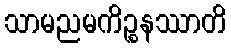
သာမညမကိဉ္စနဿာတိ